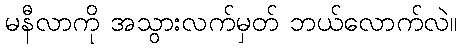
မနီလာကို အသွားလက်မှတ် ဘယ်လောက်လဲ။